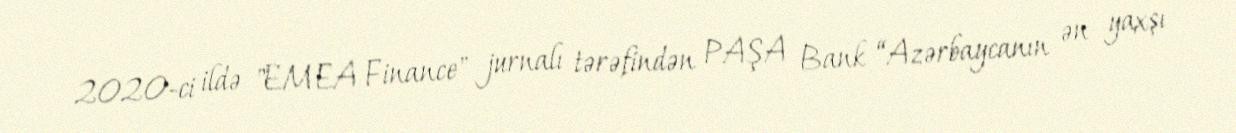
2020-ci ildə "EMEA Finance" jurnalı tərəfindən PAŞA Bank “Azərbaycanın ən yaxşı